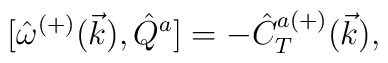
{[}\hat{\omega}^{(+)}(\vec{k}),\hat{Q}^a]=-\hat{C}^{a(+)}_T(\vec{k}),